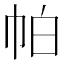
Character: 帕